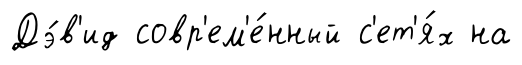
Дэ́в'ид совр'ем'е́нный с'ет'я́х на